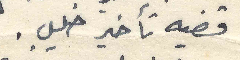
قضيه تأخير خليل.